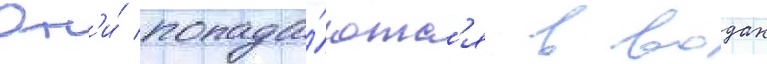
Он'и́ попада́ютс'я в водах